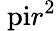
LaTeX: \mathrm{\ pi}r^{2}